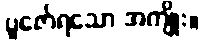
ပူဇော်ရသော အကျိုး။